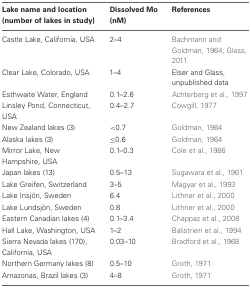
<table><thead><tr><td><b>Lake name and location (number of lakes in study)</b></td><td><b>Dissolved Mo (nM)</b></td><td><b>References</b></td></tr></thead><tbody><tr><td>Castle Lake, California, USA</td><td>2–4</td><td>Bachmann and Goldman, 1964; Glass, 2011</td></tr><tr><td>Clear Lake, Colorado, USA</td><td>1–4</td><td>Elser and Glass, unpublished data</td></tr><tr><td>Esthwaite Water, England</td><td>0.1–2.6</td><td>Achterberg et al., 1997</td></tr><tr><td>Linsley Pond, Connecticut, USA</td><td>0.4–2.7</td><td>Cowgill, 1977</td></tr><tr><td>New Zealand lakes (3)</td><td>&lt;0.7</td><td>Goldman, 1964</td></tr><tr><td>Alaska lakes (3)</td><td>≤0.6</td><td>Goldman, 1964</td></tr><tr><td>Mirror Lake, New Hampshire, USA</td><td>0.1–0.3</td><td>Cole et al., 1986</td></tr><tr><td>Japan lakes (13)</td><td>0.5–13</td><td>Sugawara et al., 1961</td></tr><tr><td>Lake Greifen, Switzerland</td><td>3–5</td><td>Magyar et al., 1993</td></tr><tr><td>Lake Insjön, Sweden</td><td>6.4</td><td>Lithner et al., 2000</td></tr><tr><td>Lake Lundsjön, Sweden</td><td>0.8</td><td>Lithner et al., 2000</td></tr><tr><td>Eastern Canadian lakes (4)</td><td>0.1–3.4</td><td>Chappaz et al., 2008</td></tr><tr><td>Hall Lake, Washington, USA</td><td>1–2</td><td>Balistrieri et al., 1994</td></tr><tr><td>Sierra Nevada lakes (170), California, USA</td><td>0.03–10</td><td>Bradford et al., 1968</td></tr><tr><td>Northern Germany lakes (8)</td><td>0.5–10</td><td>Groth, 1971</td></tr><tr><td>Amazonas, Brazil lakes (3)</td><td>4–8</td><td>Groth, 1971</td></tr></tbody></table>